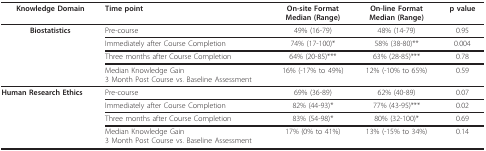
<table><thead><tr><td><b>Knowledge Domain</b></td><td><b>Time point</b></td><td><b>On-site FormatMedian (Range)</b></td><td><b>On-line FormatMedian (Range)</b></td><td><b>p value</b></td></tr></thead><tbody><tr><td><b>Biostatistics</b></td><td>Pre-course</td><td>49% (16-79)</td><td>48% (14-79)</td><td>0.95</td></tr><tr><td></td><td>Immediately after Course Completion</td><td>74% (17-100)*</td><td>58% (38-80)**</td><td>0.004</td></tr><tr><td></td><td>Three months after Course Completion</td><td>64% (20-85)***</td><td>63% (28-85)***</td><td>0.78</td></tr><tr><td></td><td>Median Knowledge Gain3 Month Post Course vs. Baseline Assessment</td><td>16% (-17% to 49%)</td><td>12% (-10% to 65%)</td><td>0.59</td></tr><tr><td><b>Human Research Ethics</b></td><td>Pre-course</td><td>69% (36-89)</td><td>62% (40-89)</td><td>0.07</td></tr><tr><td></td><td>Immediately after Course Completion</td><td>82% (44-93)*</td><td>77% (43-95)***</td><td>0.02</td></tr><tr><td></td><td>Three months after Course Completion</td><td>83% (54-98)*</td><td>80% (32-100)*</td><td>0.69</td></tr><tr><td></td><td>Median Knowledge Gain3 Month Post Course vs. Baseline Assessment</td><td>17% (0% to 41%)</td><td>13% (-15% to 34%)</td><td>0.14</td></tr></tbody></table>